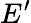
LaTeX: E^{\prime}